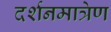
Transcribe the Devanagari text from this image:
दर्शनमात्रेण